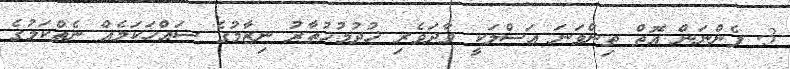
3. ފެންނަން އޮތް ތިންވަނަ އަސްލަކީ ވާދަވެރި ޚުދުމުޚުތާރު ނިޒާމުގެ ސައްހަކަމެއް ނެތްކަމުގެ